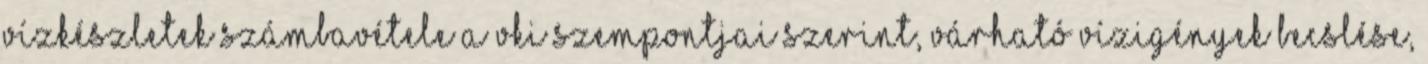
vízkészletek számbavétele a VKI szempontjai szerint, várható vízigények becslése,